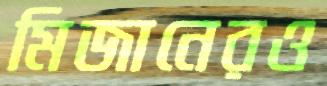
মিজানেরও